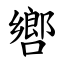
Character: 㗽